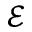
\mathcal { E }